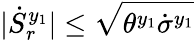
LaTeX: |\dot{S}_{r}^{y_{1}}|\leq\sqrt{\theta^{y_{1}}\dot{\sigma}^{y_{1}}}